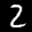
Label: 2